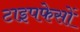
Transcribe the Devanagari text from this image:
टाइपफेसों